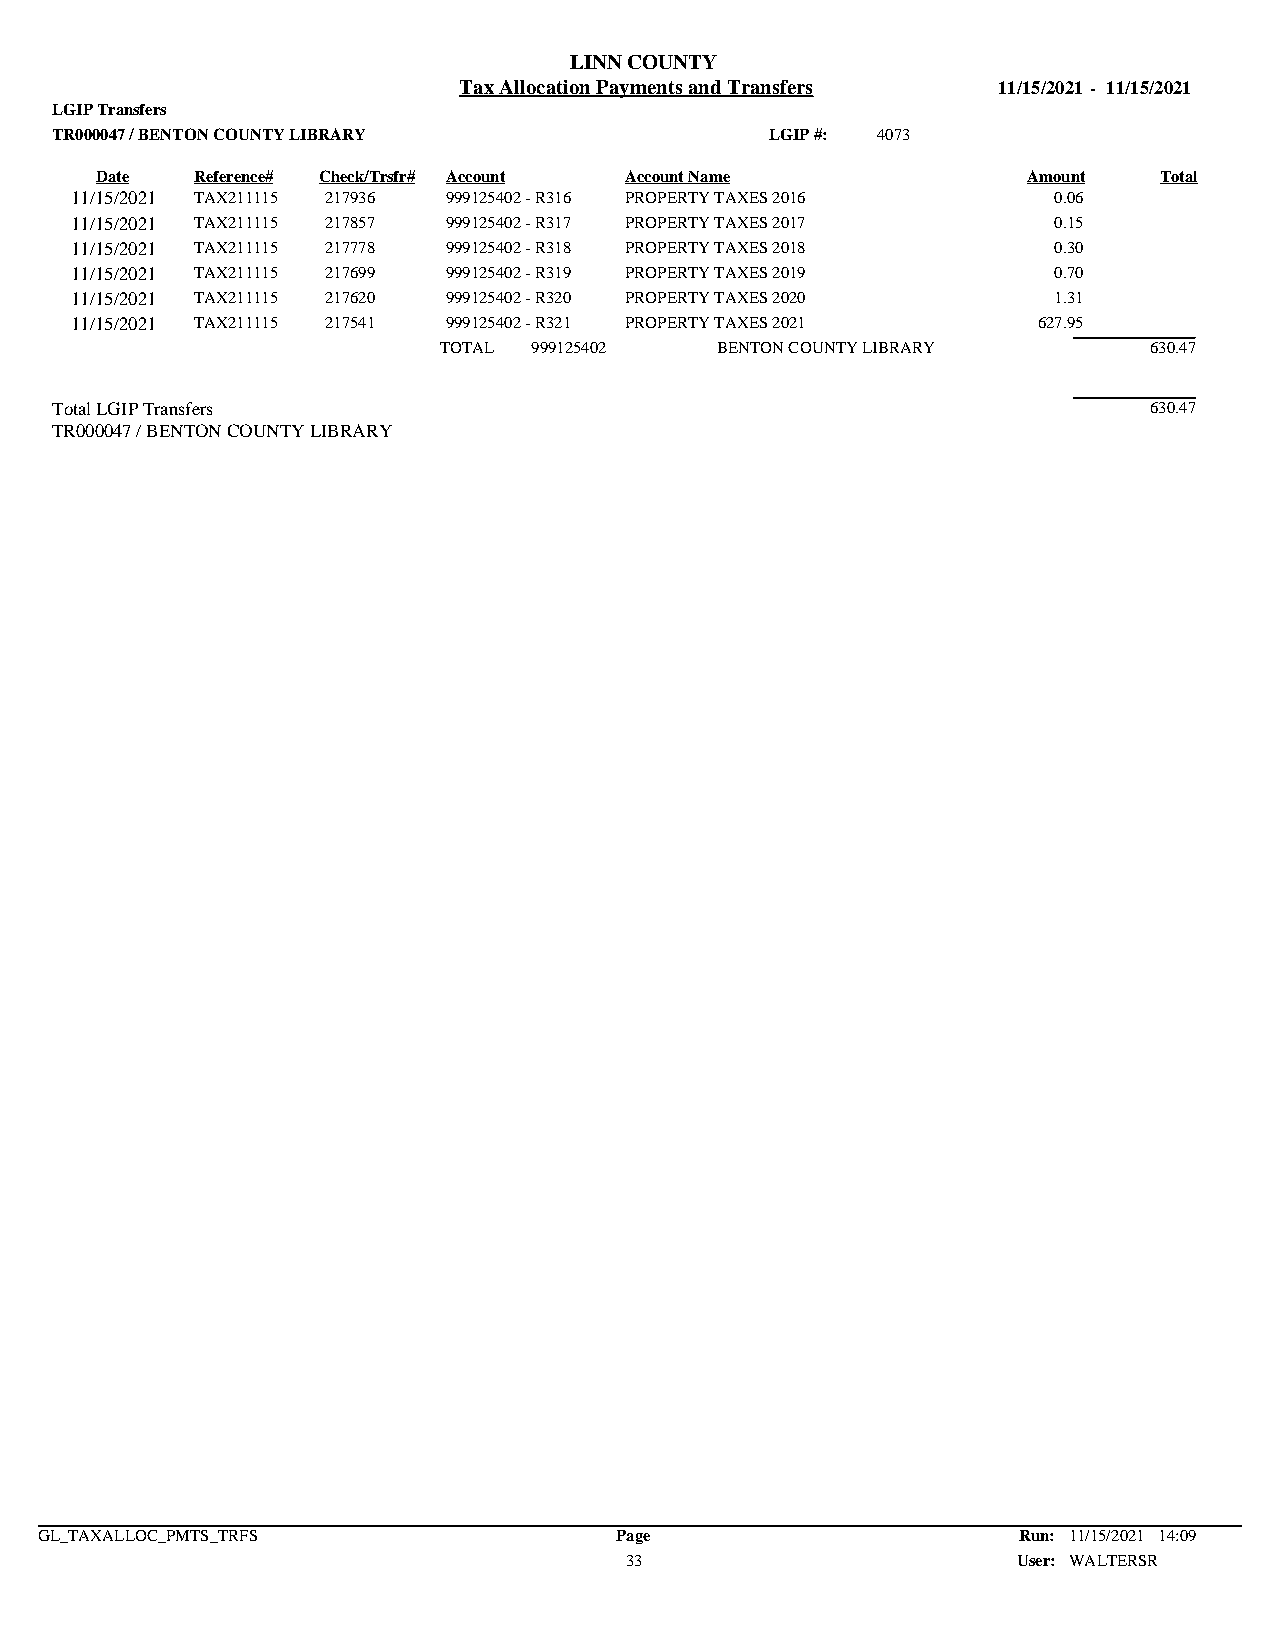
LINN COUNTY
 Tax Allocation Payments and Transfers 11/15/2021 - 11/15/2021
 LGIP Transfers
 TR000047 / BENTON COUNTY LIBRARY                LGIP #: 4073
 Date   Reference# Check/Trsfr# Account Account Name           Amount   Total
 11/15/2021 TAX211115 217936 999125402 - R316 PROPERTY TAXES 2016 0.06
 11/15/2021 TAX211115 217857 999125402 - R317 PROPERTY TAXES 2017 0.15
 11/15/2021 TAX211115 217778 999125402 - R318 PROPERTY TAXES 2018 0.30
 11/15/2021 TAX211115 217699 999125402 - R319 PROPERTY TAXES 2019 0.70
 11/15/2021 TAX211115 217620 999125402 - R320 PROPERTY TAXES 2020 1.31
 11/15/2021 TAX211115 217541 999125402 - R321 PROPERTY TAXES 2021 627.95
 TOTAL 999125402   BENTON COUNTY LIBRARY        630.47
 Total LGIP Transfers                                                     630.47
 TR000047 / BENTON COUNTY LIBRARY
 GL_TAXALLOC_PMTS_TRFS                  Page                      Run: 11/15/2021 14:09
 33                        User: WALTERSR